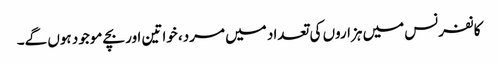
کانفرنس میں ہزاروں کی تعداد میں مرد، خواتین اور بچے موجود ہوں گے۔